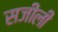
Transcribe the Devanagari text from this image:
सजीली